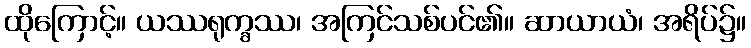
ထိုကြောင့်။ ယဿရုက္ခဿ၊ အကြင်သစ်ပင်၏။ ဆာယာယံ၊ အရိပ်၌။